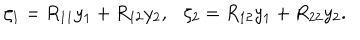
\zeta _ { 1 } = R _ { 1 1 } y _ { 1 } + R _ { 1 2 } y _ { 2 } , \zeta _ { 2 } = R _ { 1 2 } y _ { 1 } + R _ { 2 2 } y _ { 2 } .